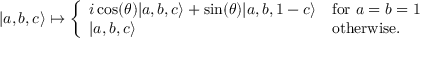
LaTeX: | a , b , c \rangle \mapsto { \left\{ \begin{array} { l l } { i \cos ( \theta ) | a , b , c \rangle + \sin ( \theta ) | a , b , 1 - c \rangle } & { { \mathrm { f o r ~ } } a = b = 1 } \\ { | a , b , c \rangle } & { { \mathrm { o t h e r w i s e . } } } \end{array} \right. }